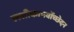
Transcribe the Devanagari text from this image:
लसीकापर्वोच्छेदन